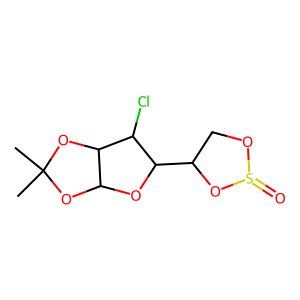
SMILES: CC1(C)OC2OC(C3COS(=O)O3)C(Cl)C2O1
Inhibits HIV replication: No